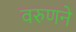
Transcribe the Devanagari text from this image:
वरुणने